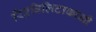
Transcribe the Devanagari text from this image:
रिएबिलिटाकाओ